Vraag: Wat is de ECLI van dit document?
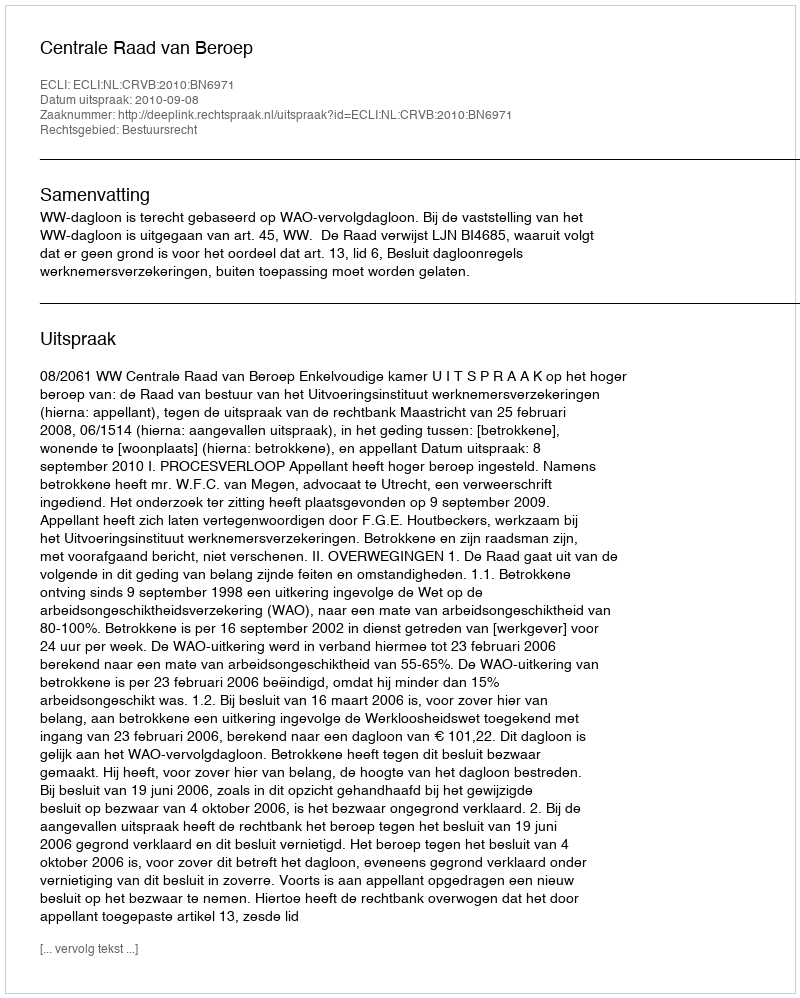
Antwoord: ECLI:NL:CRVB:2010:BN6971